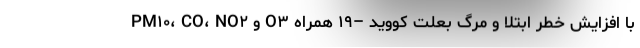
PM۱۰، CO، NO۲ و O۳ با افزایش خطر ابتلا و مرگ بعلت کووید –۱۹ همراه